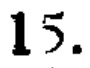
$15.$